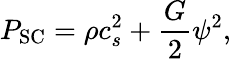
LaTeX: P_{\mathrm{SC}}=\rho c_{s}^{2}+\frac{G}{2}\psi^{2},